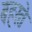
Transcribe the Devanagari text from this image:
बहरते